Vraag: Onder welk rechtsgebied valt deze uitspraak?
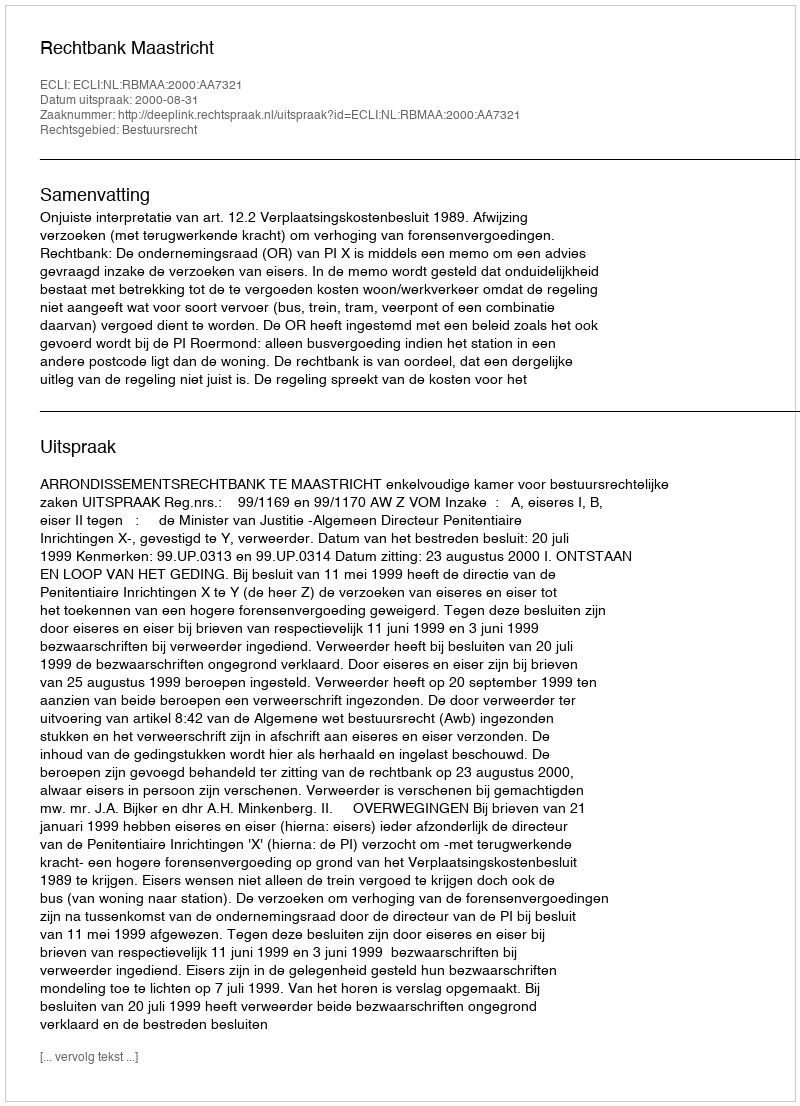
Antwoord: Bestuursrecht